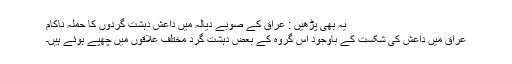
یہ بھی پڑھیں : عراق کے صوبے دیالہ میں داعش دہشت گردوں کا حملہ ناکام
عراق میں داعش کی شکست کے باوجود اس گروہ کے بعض دہشت گرد مختلف علاقوں میں چھپے ہوئے ہیں۔